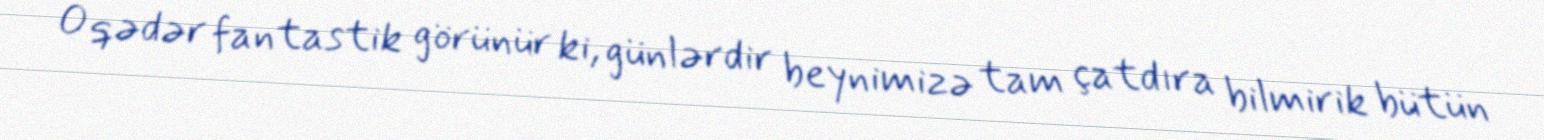
O qədər fantastik görünür ki, günlərdir beynimizə tam çatdıra bilmirik bütün